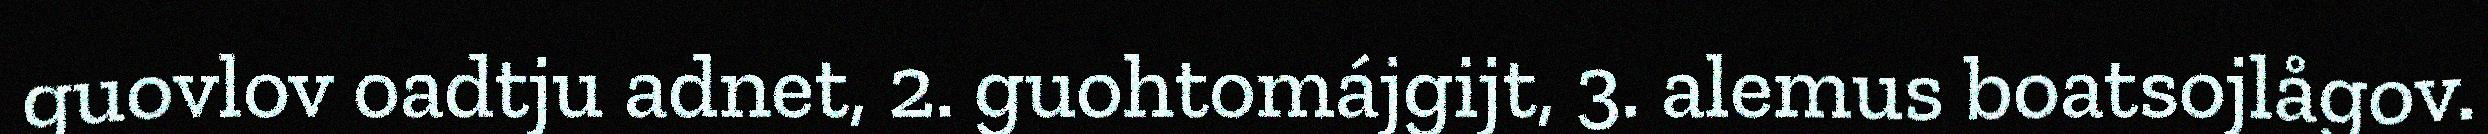
guovlov oadtju adnet, 2. guohtomájgijt, 3. alemus boatsojlågov.